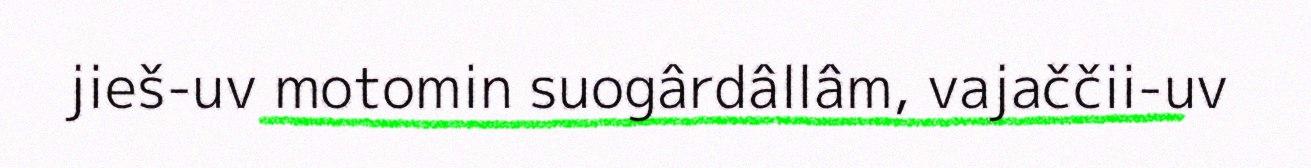
jieš-uv motomin suogârdâllâm, vajaččii-uv